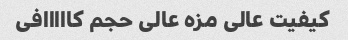
کیفیت عالی مزه عالی حجم کااااافی